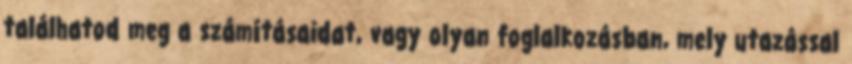
találhatod meg a számításaidat, vagy olyan foglalkozásban, mely utazással